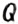
Text: Q